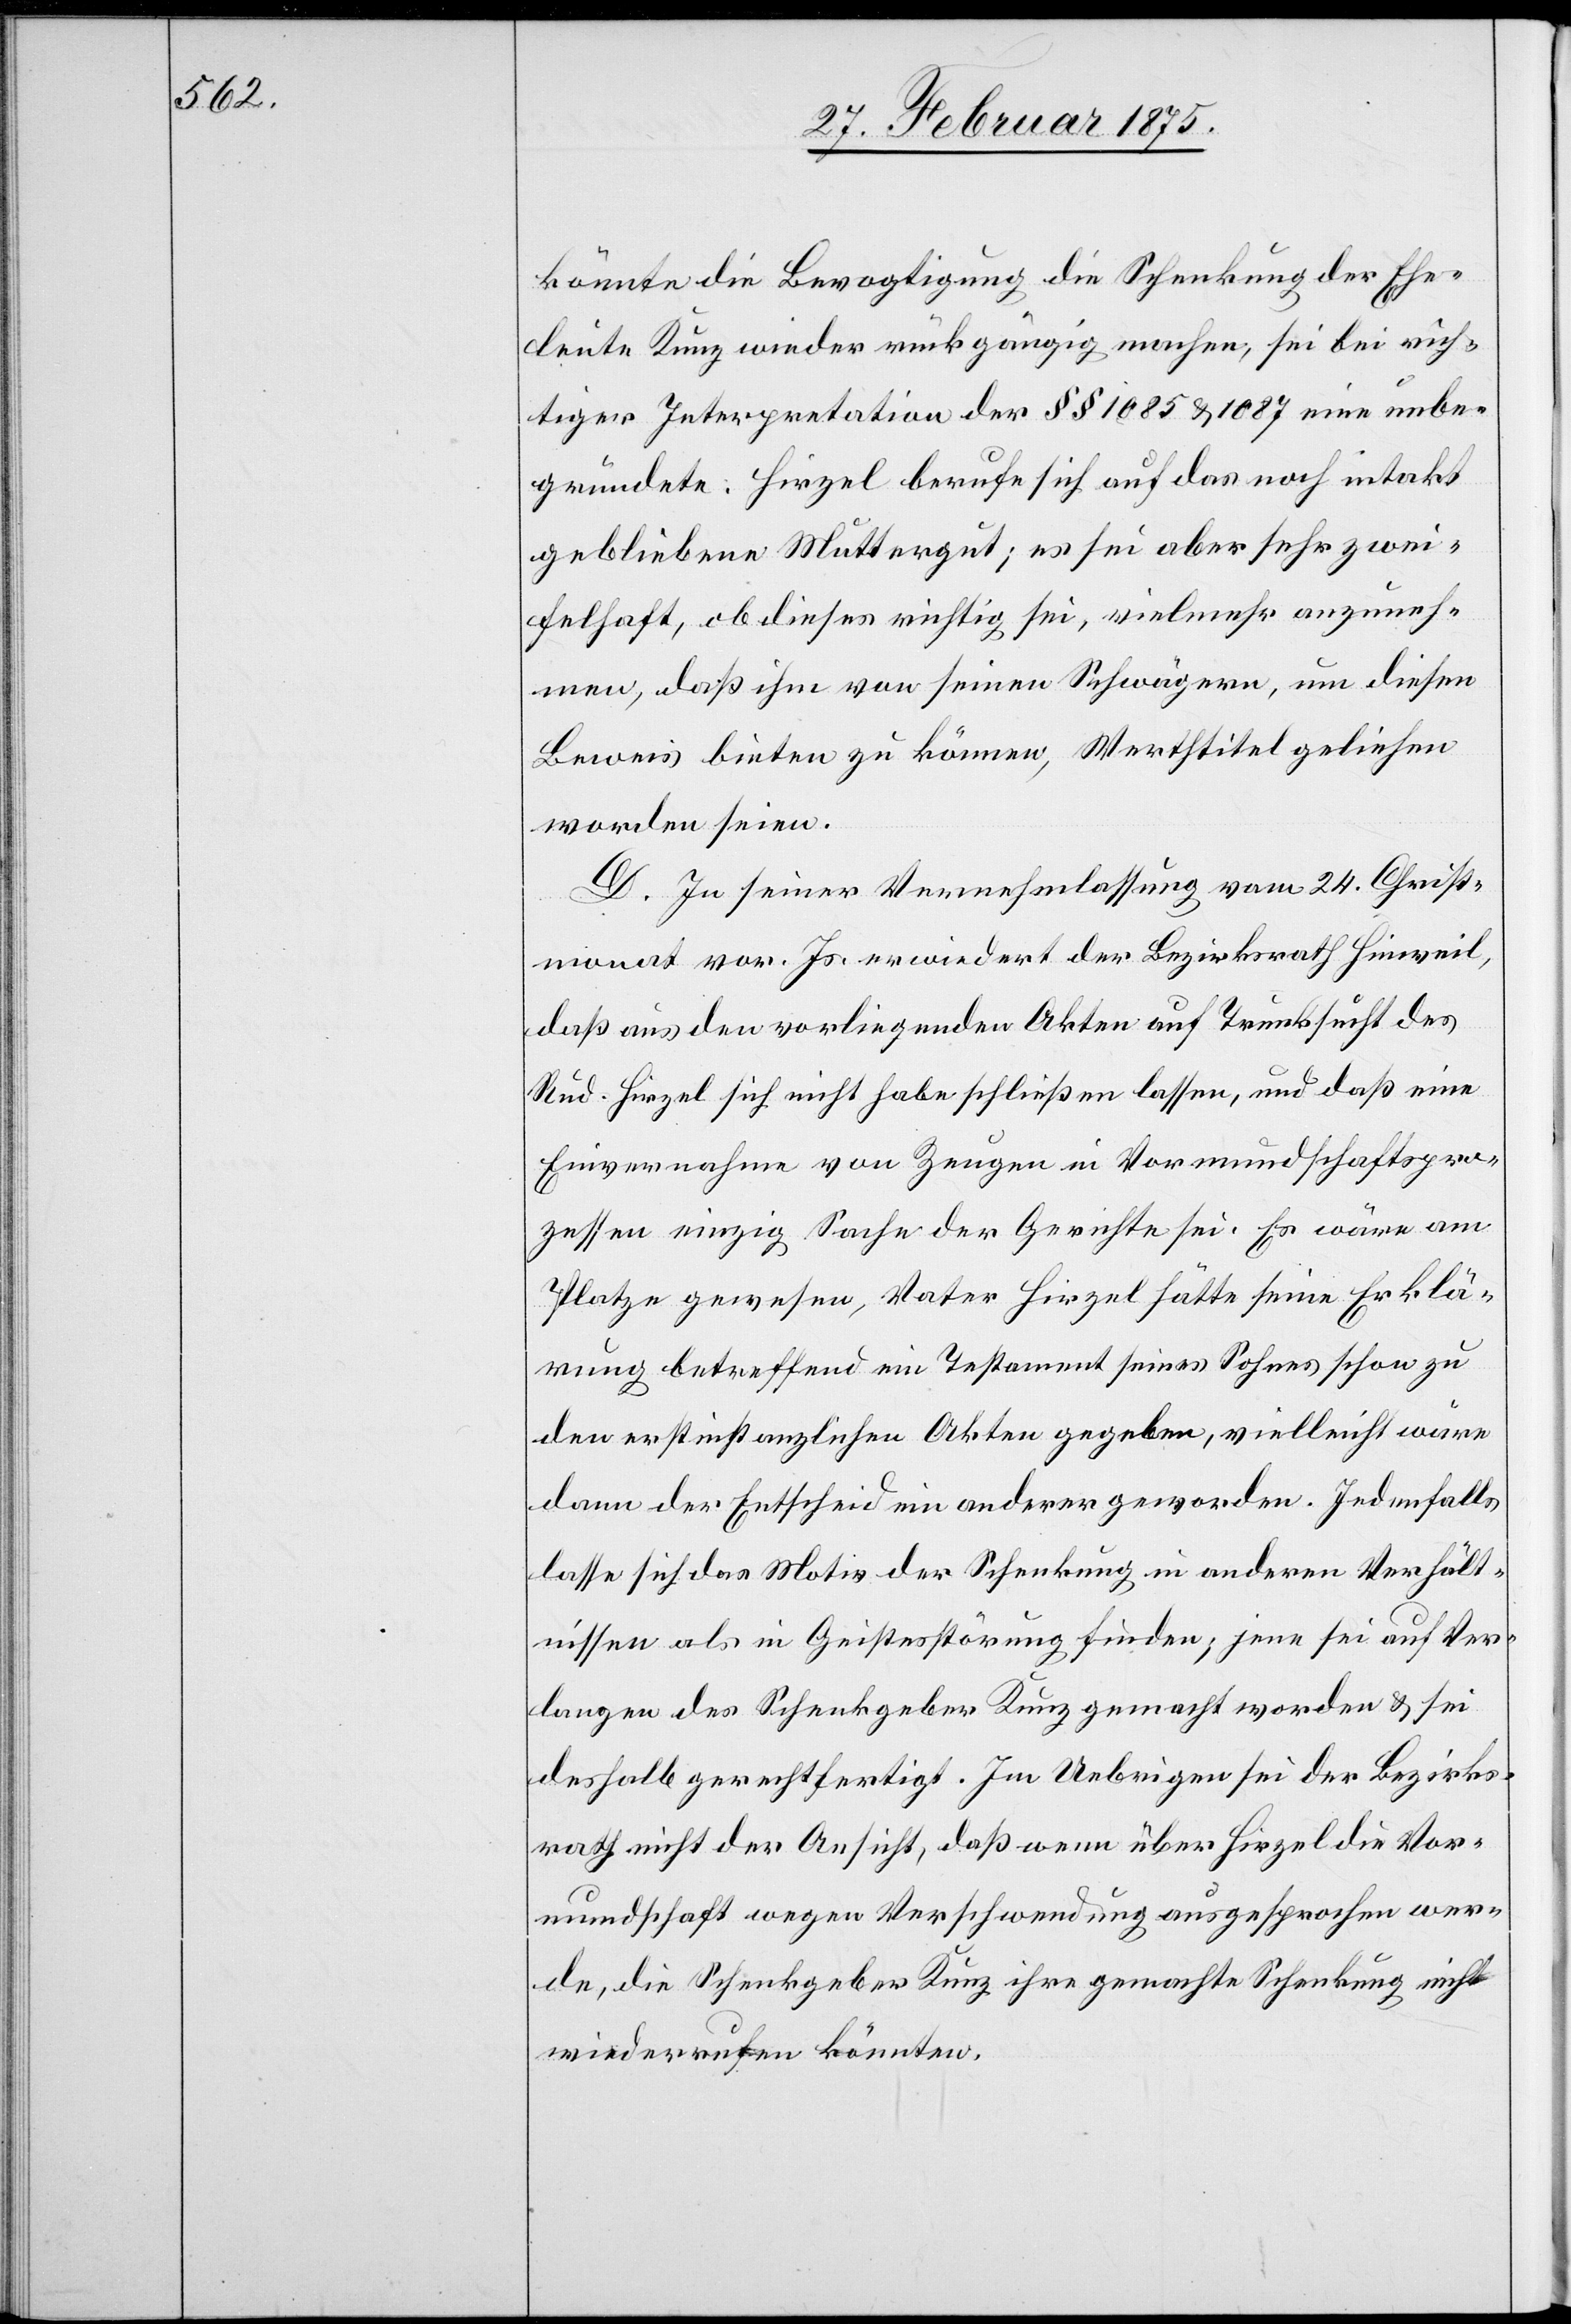
könnte die Bevogtigung die Schenkung der Ehe¬
leute Kunz wieder rückgängig machen, sei bei rich¬
tiger Interpretation der §§ 1085 u. 1087 eine unbe¬
gründete: Hirzel berufe sich auf das noch intakt
gebliebene Muttergut; es sei aber sehr zwei¬
felhaft, ob dieses richtig sei, vielmehr anzuneh¬
men, daß ihm von seinen Schwägern, um diesen
Beweis bieten zu können, Werthtitel geliehen
worden seien.
D. In seiner Vernehmlassung vom 24. Christ¬
monat vor. Js. erwiedert der Bezirksrath Hinweil,
daß aus den vorliegenden Akten auf Trunksucht des
Rud. Hirzel sich nicht habe schließen lassen, und daß eine
Einvernahme von Zeugen in Vormundschaftspro¬
zessen einzig Sache der Gerichte sei. Es wäre am
Platze gewesen, Vater Hirzel hätte seine Erklä¬
rung betreffend ein Testament seines Sohnes schon zu
den erstinstanzlichen Akten gegeben, vielleicht wäre
dann der Entscheid ein anderer geworden. Jedenfalls
lasse sich das Motiv der Schenkung in anderen Verhält¬
nissen als in Geistesstörung finden; jene sei auf Ver¬
langen des Schenkgeber Kunz gemacht worden u. sei
deshalb gerechtfertigt. Im Uebrigen sei der Bezirks¬
rath nicht der Ansicht, daß wenn über Hirzel die Vor¬
mundschaft wegen Verschwendung ausgesprochen wer¬
de, die Schenkgeber Kunz ihre gemachte Schenkung nicht
wiederrufen könnten.